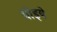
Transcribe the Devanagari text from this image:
धीइये